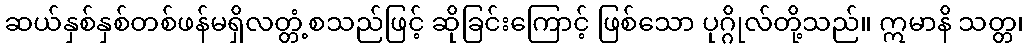
ဆယ်နှစ်နှစ်တစ်ဖန်မရှိလတ္တံ့စသည်ဖြင့် ဆိုခြင်းကြောင့် ဖြစ်သော ပုဂ္ဂိုလ်တို့သည်။ ဣမာနိ သတ္တ၊